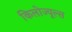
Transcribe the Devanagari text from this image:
किलोज्यूल्स